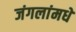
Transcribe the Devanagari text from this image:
जंगलांमधे